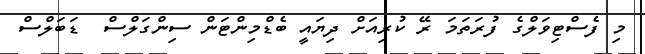
މި ފެސްޓިވަލްގެ ފުރަތަމަ ރޭ ކުރިއަށް ދިޔައީ ބެޑްމިންޓަން ސިންގަލްސް  ޑަބަލްސް